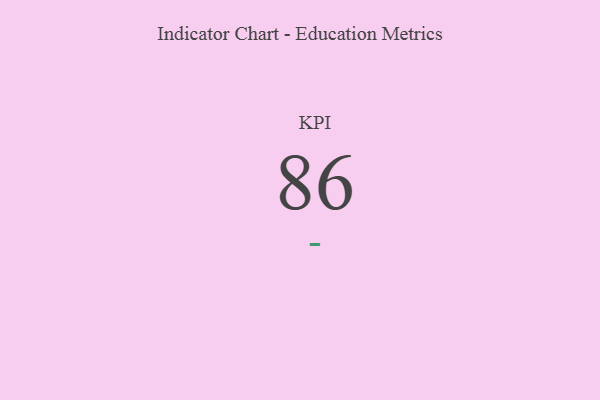
{"axis": {"x": "KPI", "y": "Value"}, "legend": [""], "data": [{"x": "KPI", "y": 86, "type": ""}]}